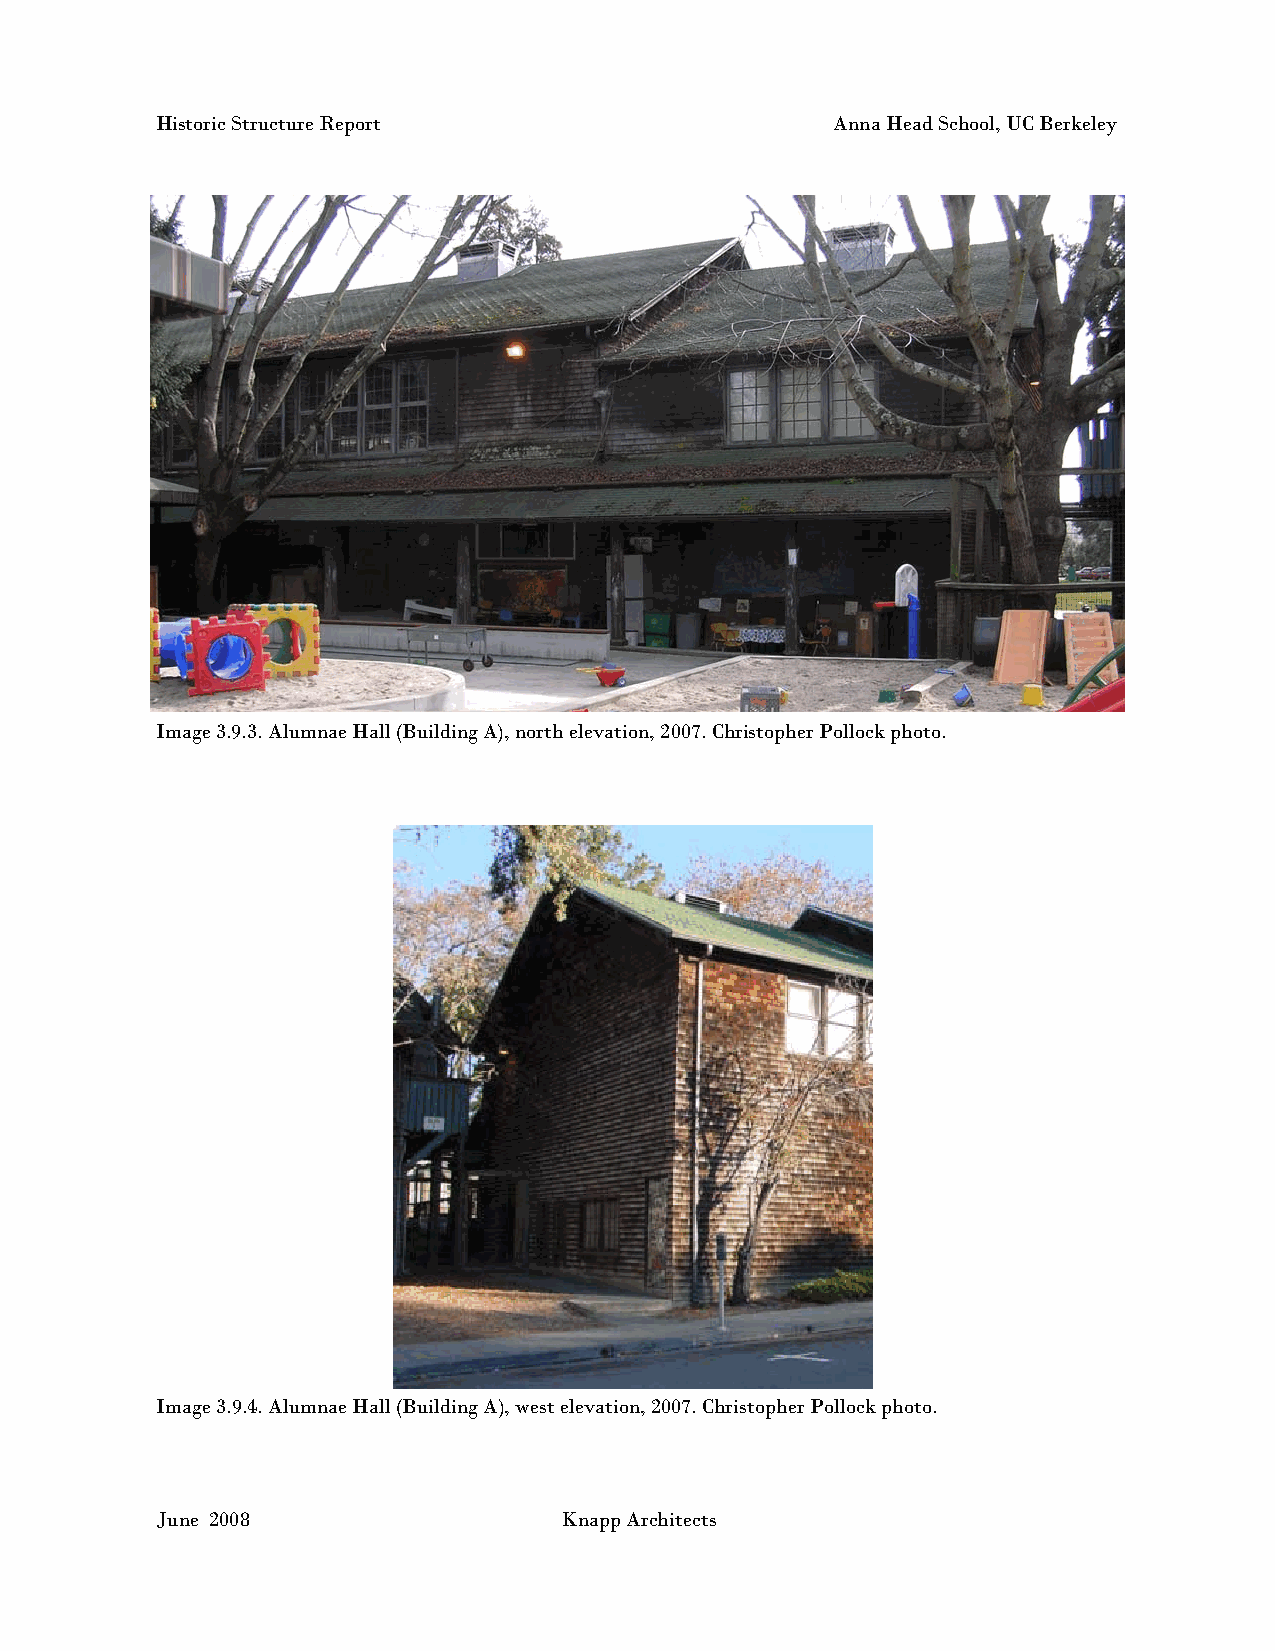
Historic Structure Report                    Anna Head School, UC Berkeley
 Image 3.9.3. Alumnae Hall (Building A), north elevation, 2007. Christopher Pollock photo.
 Image 3.9.4. Alumnae Hall (Building A), west elevation, 2007. Christopher Pollock photo.
 June 2008                  Knapp Architects